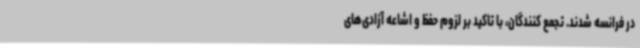
در فرانسه شدند. تجمع کنندگان، با تاکید بر لزوم حفظ و اشاعه آزادی‌های